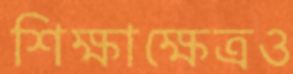
শিক্ষাক্ষেত্রও